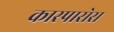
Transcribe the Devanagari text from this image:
कास्पासेस